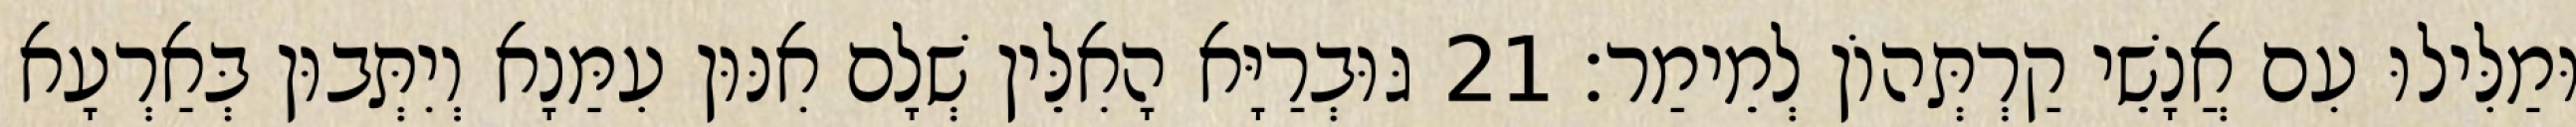
וּמַלִּילוּ עִם אֲנָשֵׁי קַרְתְּהוֹן לְמֵימַר׃ 21 גּוּבְרַיָּא הָאִלֵּין שְׁלָם אִנּוּן עִמַּנָא וְיִתְּבוּן בְּאַרְעָא